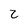
Character: z